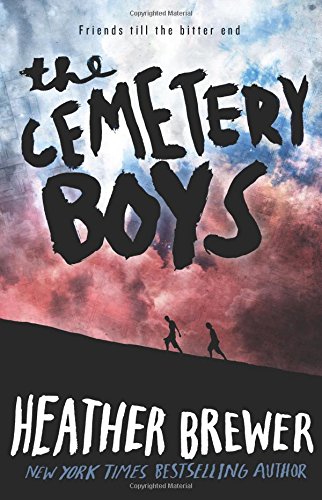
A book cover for The Cemetery Boys; Heather Brewer; Teen & Young Adult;